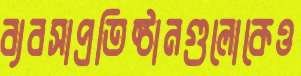
ব্যবসাপ্রতিষ্ঠানগুলোকেও